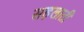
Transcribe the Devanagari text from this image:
सहलाती